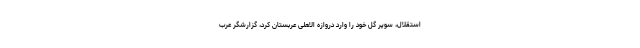
استقلال، سوپر گل خود را وارد دروازه الاهلی عربستان کرد، گزارشگر عرب